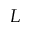
L